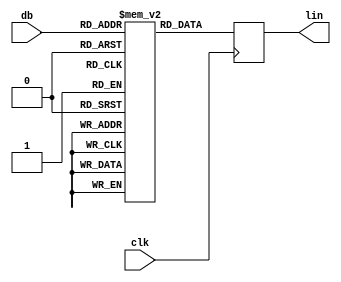
module jt10_adpcm_dbrom(
    input           clk,        // CPU clock
    input   [5:0]   db,
    output reg [8:0]   lin
);

reg [8:0] mem[0:63];

initial begin // generated with file gen_lingain.py
   mem[000] = 9'd511;   mem[001] = 9'd468;   mem[002] = 9'd429;   mem[003] = 9'd394;
   mem[004] = 9'd361;   mem[005] = 9'd331;   mem[006] = 9'd304;   mem[007] = 9'd279;
   mem[008] = 9'd256;   mem[009] = 9'd234;   mem[010] = 9'd215;   mem[011] = 9'd197;
   mem[012] = 9'd181;   mem[013] = 9'd166;   mem[014] = 9'd152;   mem[015] = 9'd139;
   mem[016] = 9'd128;   mem[017] = 9'd117;   mem[018] = 9'd107;   mem[019] = 9'd099;
   mem[020] = 9'd090;   mem[021] = 9'd083;   mem[022] = 9'd076;   mem[023] = 9'd070;
   mem[024] = 9'd064;   mem[025] = 9'd059;   mem[026] = 9'd054;   mem[027] = 9'd049;
   mem[028] = 9'd045;   mem[029] = 9'd041;   mem[030] = 9'd038;   mem[031] = 9'd035;
   mem[032] = 9'd032;   mem[033] = 9'd029;   mem[034] = 9'd027;   mem[035] = 9'd024;
   mem[036] = 9'd022;   mem[037] = 9'd020;   mem[038] = 9'd019;   mem[039] = 9'd017;
   mem[040] = 9'd016;   mem[041] = 9'd014;   mem[042] = 9'd013;   mem[043] = 9'd012;
   mem[044] = 9'd011;   mem[045] = 9'd010;   mem[046] = 9'd009;   mem[047] = 9'd008;
   mem[048] = 9'd008;   mem[049] = 9'd007;   mem[050] = 9'd006;   mem[051] = 9'd006;
   mem[052] = 9'd005;   mem[053] = 9'd005;   mem[054] = 9'd004;   mem[055] = 9'd004;
   mem[056] = 9'd004;   mem[057] = 9'd003;   mem[058] = 9'd003;   mem[059] = 9'd003;
   mem[060] = 9'd002;   mem[061] = 9'd002;   mem[062] = 9'd002;   mem[063] = 9'd002;
end

always @(posedge clk)
    lin <= mem[db];

endmodule